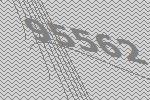
95562